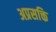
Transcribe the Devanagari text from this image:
अप्रसक्ति